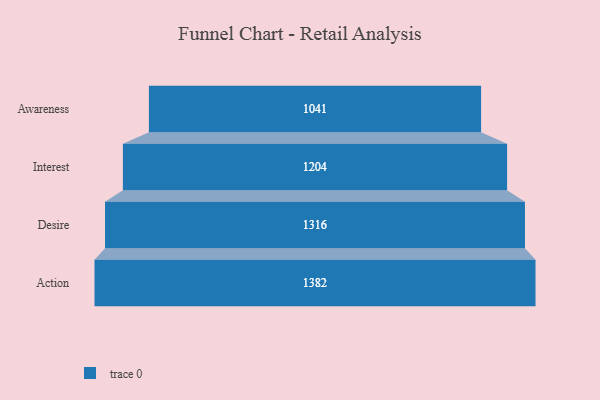
{"axis": {"x": "Stage", "y": "Value"}, "legend": [""], "data": [{"x": "Awareness", "y": 1041.0, "type": ""}, {"x": "Interest", "y": 1204.0, "type": ""}, {"x": "Desire", "y": 1316.0, "type": ""}, {"x": "Action", "y": 1382.0, "type": ""}]}